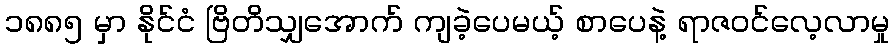
၁၈၈၅ မှာ နိုင်ငံ ဗြိတိသျှအောက် ကျခဲ့ပေမယ့် စာပေနဲ့ ရာဇဝင်လေ့လာမှု